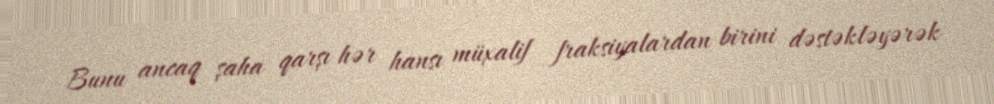
Bunu ancaq şaha qarşı hər hansı müxalif fraksiyalardan birini dəstəkləyərək